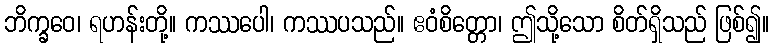
ဘိက္ခဝေ၊ ရဟန်းတို့။ ကဿပေါ၊ ကဿပသည်။ ဧဝံစိတ္တော၊ ဤသို့သော စိတ်ရှိသည် ဖြစ်၍။